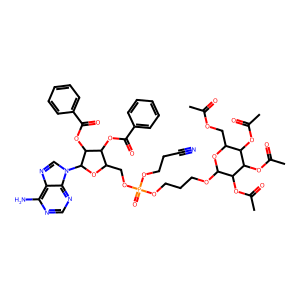
SMILES: CC(=O)OCC1OC(OCCCOP(=O)(OCCC#N)OCC2OC(n3cnc4c(N)ncnc43)C(OC(=O)c3ccccc3)C2OC(=O)c2ccccc2)C(OC(C)=O)C(OC(C)=O)C1OC(C)=O
Inhibits HIV replication: No